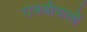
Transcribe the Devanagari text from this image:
राजश्रीवालों